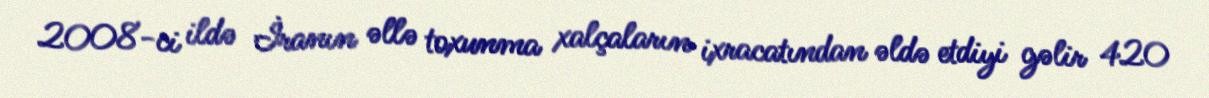
2008-ci ildə İranın əllə toxunma xalçaların ixracatından əldə etdiyi gəlir 420